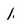
Character: 1